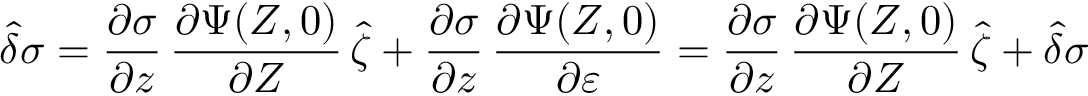
\boldsymbol { \hat { \delta } } \sigma = \frac { \partial \sigma } { \partial \boldsymbol z } \, \frac { \partial \boldsymbol { \Psi } ( \boldsymbol { Z } , 0 ) } { \partial \boldsymbol Z } \, \boldsymbol { \hat { \zeta } } + \frac { \partial \sigma } { \partial \boldsymbol z } \, \frac { \partial \boldsymbol { \Psi } ( \boldsymbol { Z } , 0 ) } { \partial \varepsilon } = \frac { \partial \sigma } { \partial \boldsymbol z } \, \frac { \partial \boldsymbol { \Psi } ( \boldsymbol { Z } , 0 ) } { \partial \boldsymbol Z } \, \boldsymbol { \hat { \zeta } } + \hat { \delta } \sigma